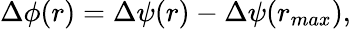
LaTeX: \Delta\phi(r)=\Delta\psi(r)-\Delta\psi(r_{max}),